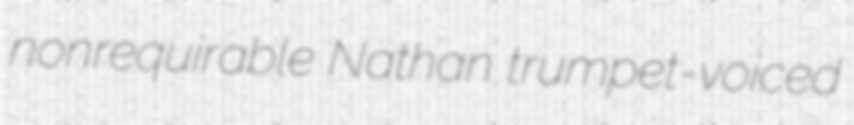
nonrequirable Nathan trumpet-voiced